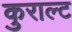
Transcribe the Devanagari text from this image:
कुराल्ट